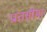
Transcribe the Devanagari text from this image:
प्रांतसीमा